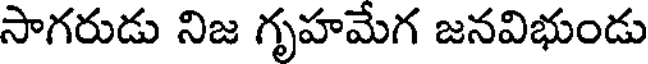
సాగరుడు నిజ గృహమేగ జనవిభుండు